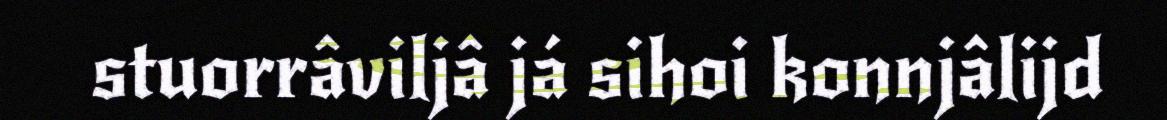
stuorrâviljâ já sihoi konnjâlijd